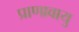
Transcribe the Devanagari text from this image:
प्राणावायु